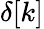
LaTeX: \delta[k]